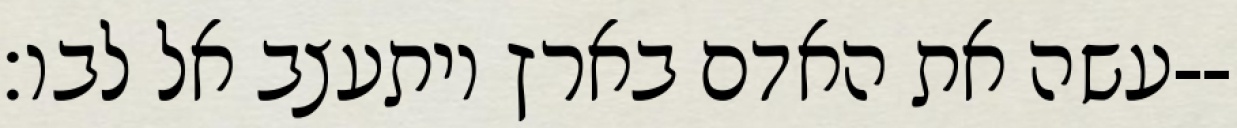
עשה את האדם בארץ ויתעצב אל לבו׃--